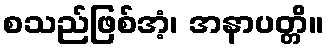
စသည်ဖြစ်အံ့၊ အနာပတ္တိ။